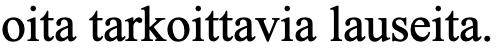
oita tarkoittavia lauseita.